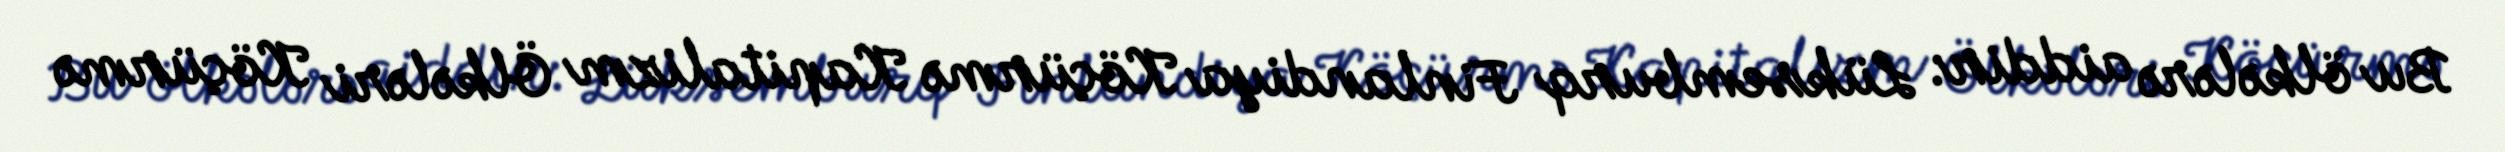
Bu ölkələrə aiddir: Lüksemburq Finlandiya Köçürmə Kapitalizm Ölkələri Köçürmə